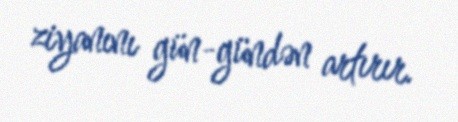
ziyanını gün-gündən artırır.